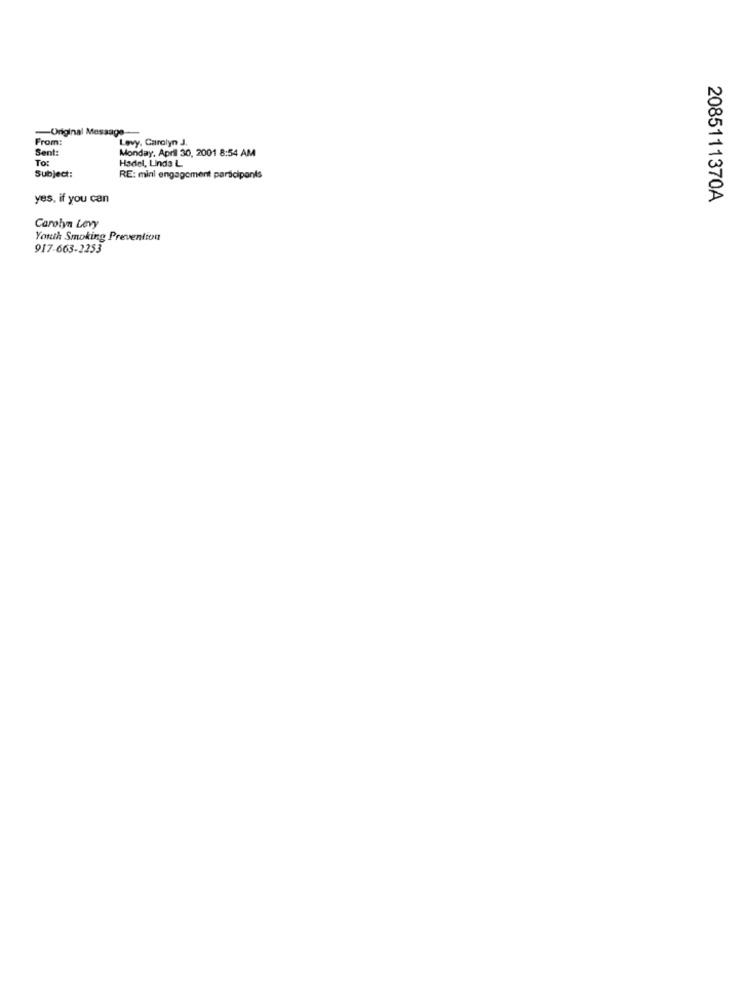
-Original Message-
From:
Levy, Carolyn J.
Sent:
Monday, April 30, 2001 8:54 AM
To:
Hadel, Linda L
Subject:
RE: mini engagement participants
yes, if you can
2085111370A
Carolyn Levy
Youth Smoking Prevention
917-663-2253